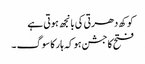
کوکھ دھرتی کی بانجھ ہوتی ہے
فتح کا جشن ہو کہ ہار کا سوگ ۔